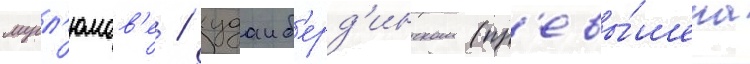
мусл'юмов'е / худаиб'ерд'инском (пр'евы́шена